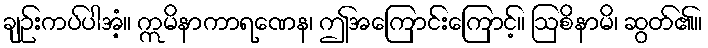
ချဉ်းကပ်ပါအံ့။ ဣမိနာကာရဏေန၊ ဤအကြောင်းကြောင့်။ ဩစိနာမိ၊ ဆွတ်၏။